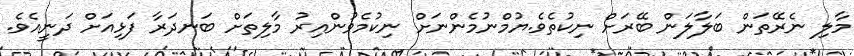
މާލި ނެރޭތަން ބަލާލަން ބޭރަށް ނިކުތެވެ.ޔުމްނުމެންނަށް ނިކުމެވުންއިރު މާލިތަށް ބަނދަރާ ފަޅިއަށް ދަނީއެވެ.